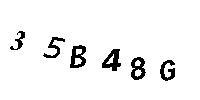
35B48G